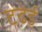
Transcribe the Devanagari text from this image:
टढेई